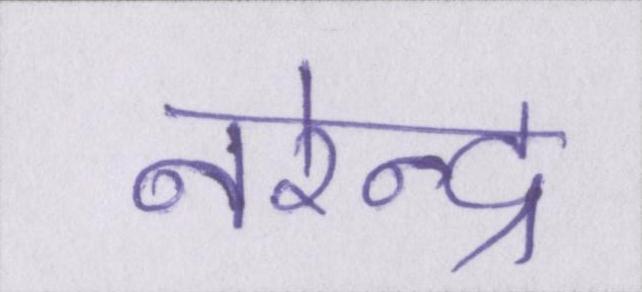
नरेन्द्र